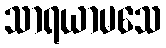
သာရယာမသေ